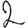
Digit: 2